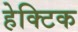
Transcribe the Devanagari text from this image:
हेक्टिक